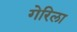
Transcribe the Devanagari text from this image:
गेरिला